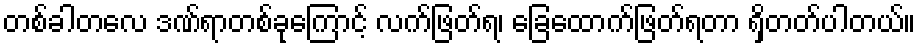
တစ်ခါတလေ ဒဏ်ရာတစ်ခုကြောင့် လက်ဖြတ်ရ၊ ခြေထောက်ဖြတ်ရတာ ရှိတတ်ပါတယ်။